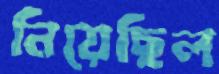
নিয়েছিল